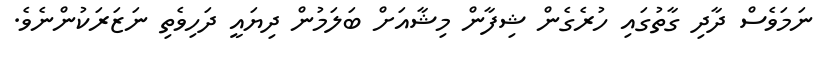
ނަމަވެސް ދާދި ގާތުގައި ހުރެގެން ޝިފާން މިޝާއަށް ބަލަމުން ދިޔައީ ދަހިވެތި ނަޒަރަކުންނެވެ.